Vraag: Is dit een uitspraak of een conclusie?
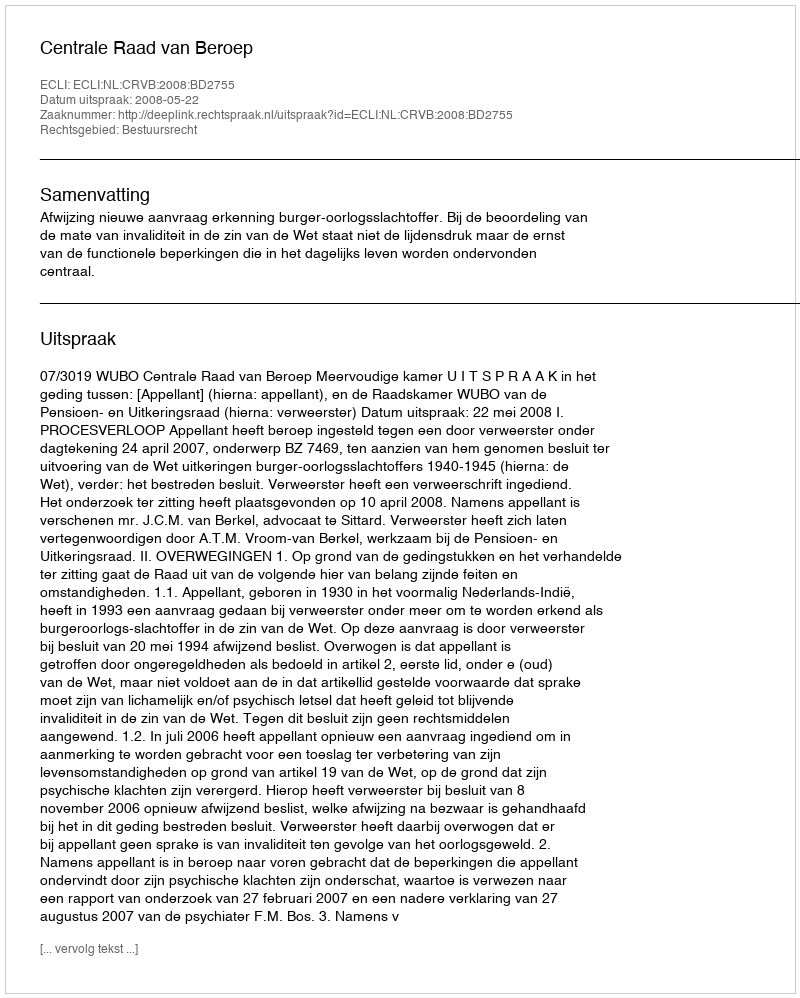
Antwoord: Uitspraak